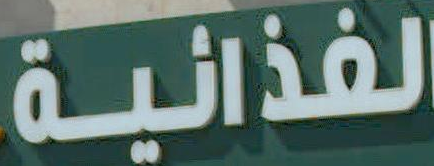
الغذائية